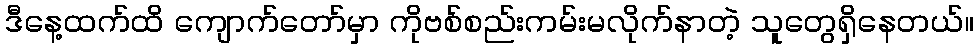
ဒီနေ့ထက်ထိ ကျောက်တော်မှာ ကိုဗစ်စည်းကမ်းမလိုက်နာတဲ့ သူတွေရှိနေတယ်။